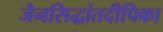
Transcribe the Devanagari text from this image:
जैनसिद्धांतदीपिका